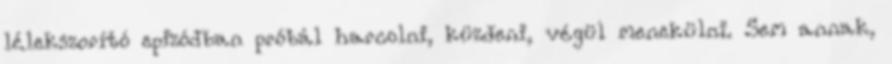
lélekszorító epizódban próbál harcolni, küzdeni, végül menekülni. Sem annak,